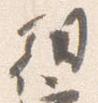
朝